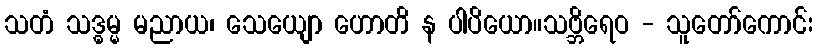
သတံ သဒ္ဓမ္မ မညာယ၊ သေယျော ဟောတိ န ပါပိယော။သဗ္ဘိရေဝ - သူတော်ကောင်း